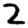
Digit: 2